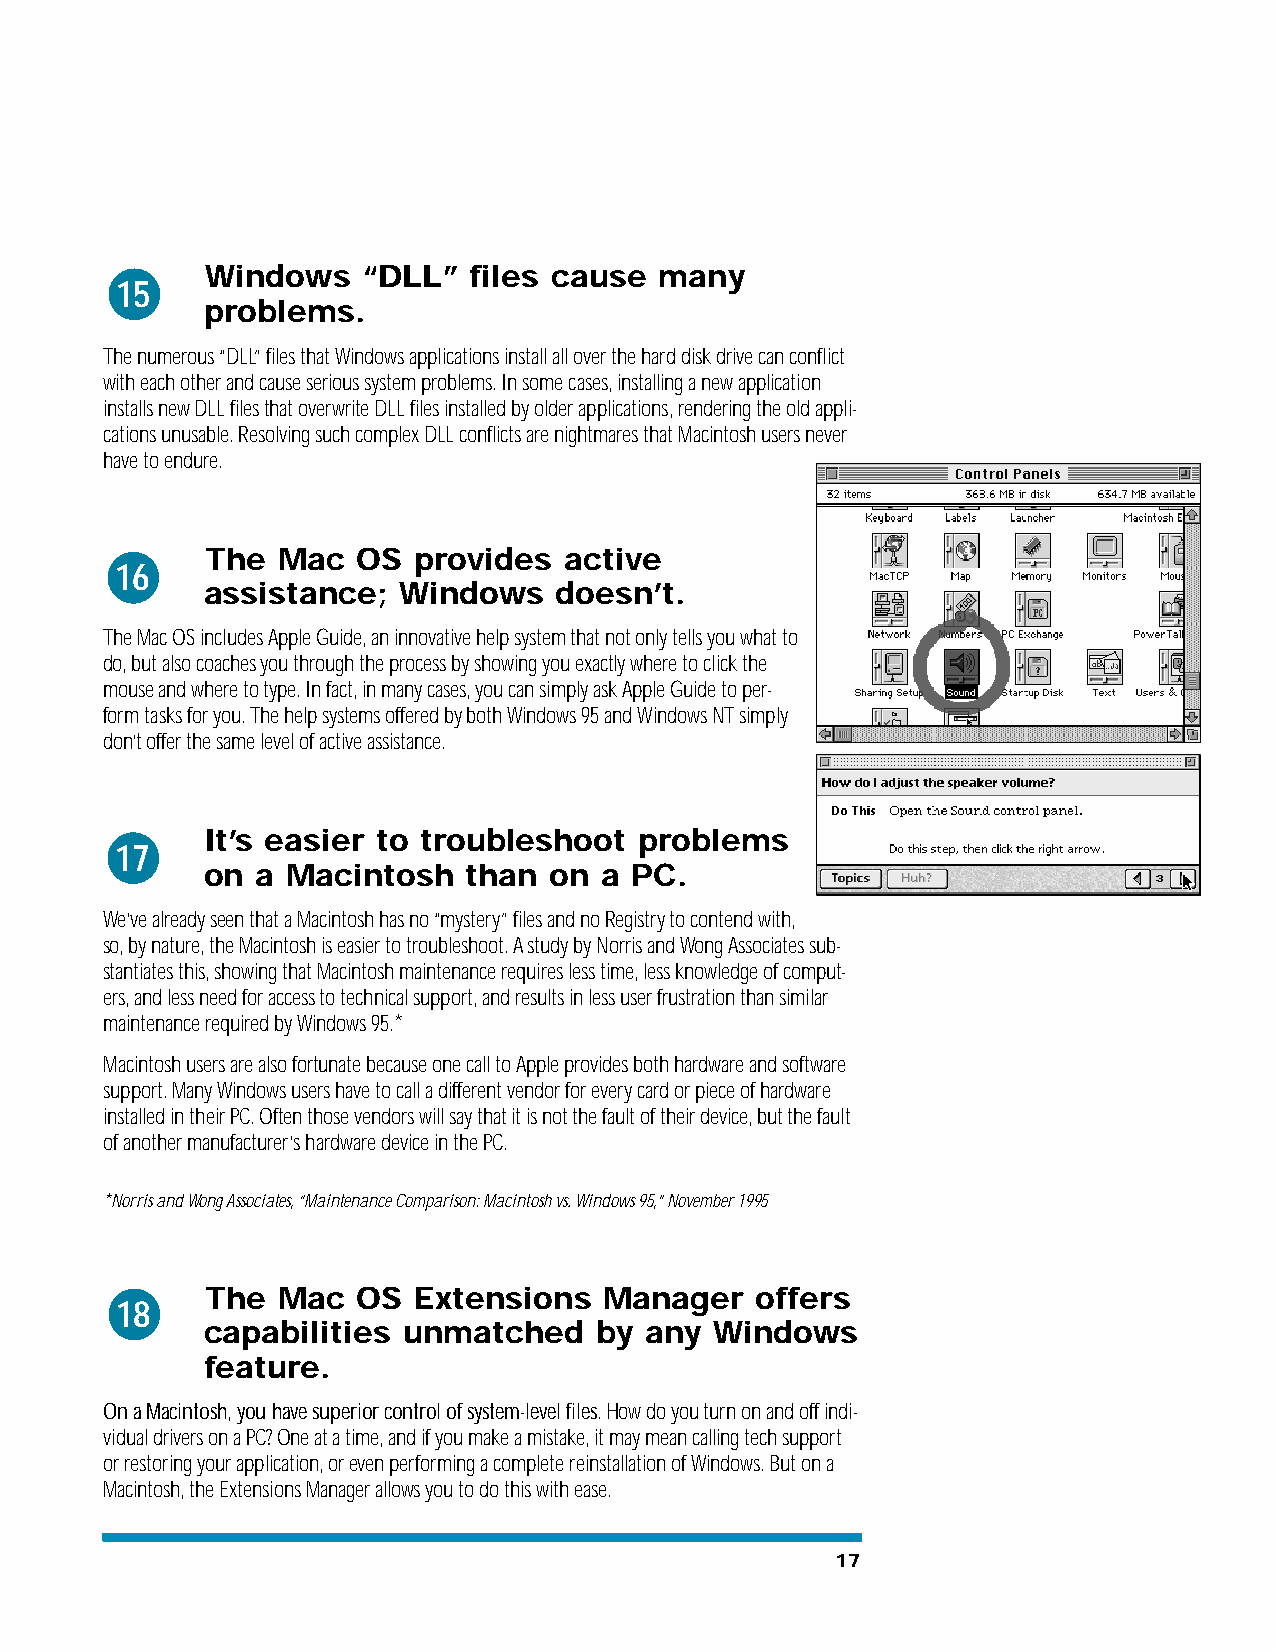
Windows   “DLL”  files cause  many
 15
 problems.
 The numerous “DLL” files that Windows applications install all over the hard disk drive can conflict
 with each other and cause serious system problems. In some cases, installing a new application
 installs new DLL files that overwrite DLL files installed by older applications, rendering the old appli-
 cations unusable. Resolving such complex DLL conflicts are nightmares that Macintosh users never
 have to endure.
 The Mac   OS provides  active
 16
 assistance;  Windows    doesn’t.
 The Mac OS includes Apple Guide, an innovative help system that not only tells you what to
 do, but also coaches you through the process by showing you exactly where to click the
 mouse and where to type. In fact, in many cases, you can simply ask Apple Guide to per-
 form tasks for you. The help systems offered by both Windows 95 and Windows NT simply
 don’t offer the same level of active assistance.
 It’s easier to troubleshoot problems
 17
 on  a Macintosh   than on  a PC.
 We’ve already seen that a Macintosh has no “mystery” files and no Registry to contend with,
 so, by nature, the Macintosh is easier to troubleshoot. A study by Norris and Wong Associates sub-
 stantiates this, showing that Macintosh maintenance requires less time, less knowledge of comput-
 ers, and less need for access to technical support, and results in less user frustration than similar
 maintenance required by Windows 95.*
 Macintosh users are also fortunate because one call to Apple provides both hardware and software
 support. Many Windows users have to call a different vendor for every card or piece of hardware
 installed in their PC. Often those vendors will say that it is not the fault of their device, but the fault
 of another manufacturer’s hardware device in the PC.
 *Norris and Wong Associates, “Maintenance Comparison: Macintosh vs. Windows 95,” November 1995
 The Mac   OS Extensions   Manager   offers
 18
 capabilities  unmatched   by  any Windows
 feature.
 On a Macintosh, you have superior control of system-level files.How do you turn on and off indi-
 vidual drivers on a PC? One at a time, and if you make a mistake, it may mean calling tech support
 or restoring your application, or even performing a complete reinstallation of Windows. But on a
 Macintosh, the Extensions Manager allows you to do this with ease.
 17